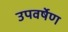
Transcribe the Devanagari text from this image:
उपवर्षेण